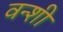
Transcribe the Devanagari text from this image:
वन्शी